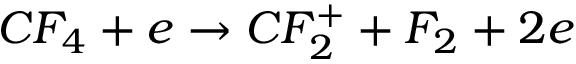
C F _ { 4 } + e \rightarrow C F _ { 2 } ^ { + } + F _ { 2 } + 2 e